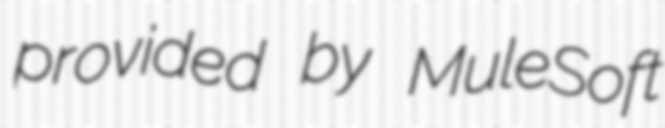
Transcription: provided by MuleSoft